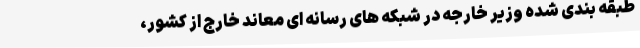
طبقه بندی شده وزیر خارجه در شبکه های رسانه ای معاند خارج از کشور،